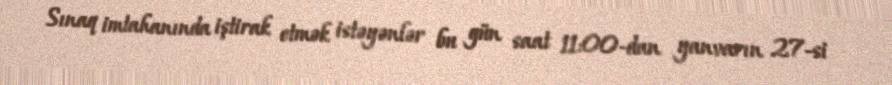
Sınaq imtahanında iştirak etmək istəyənlər bu gün saat 11:00-dan yanvarın 27-si